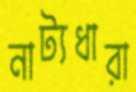
নাট্যধারা